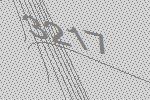
3217